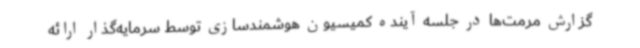
گزارش مرمت‌ها در جلسه آینده کمیسیون هوشمندسازی توسط سرمایه‌گذار ارائه